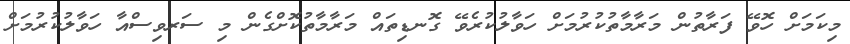
މިކަމަށް ހޮވޭ ފަރާތުން މަރާމާތުކުރުމަށް ހަވާލުކުރެވޭ ގޮނޑިތައް މަރާމާތުކޮށްގެން މި ސަރވިސްއާ ހަވާލުކުރުމަށް